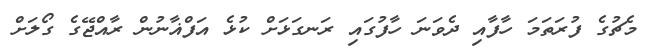
މެޗުގެ ފުރަތަމަ ހާފާއި ދެވަނަ ހާފުގައި ރަނގަޅަށް ކުޅެ އަފްޣާނުން ރާއްޖޭގެ ގޯލަށް